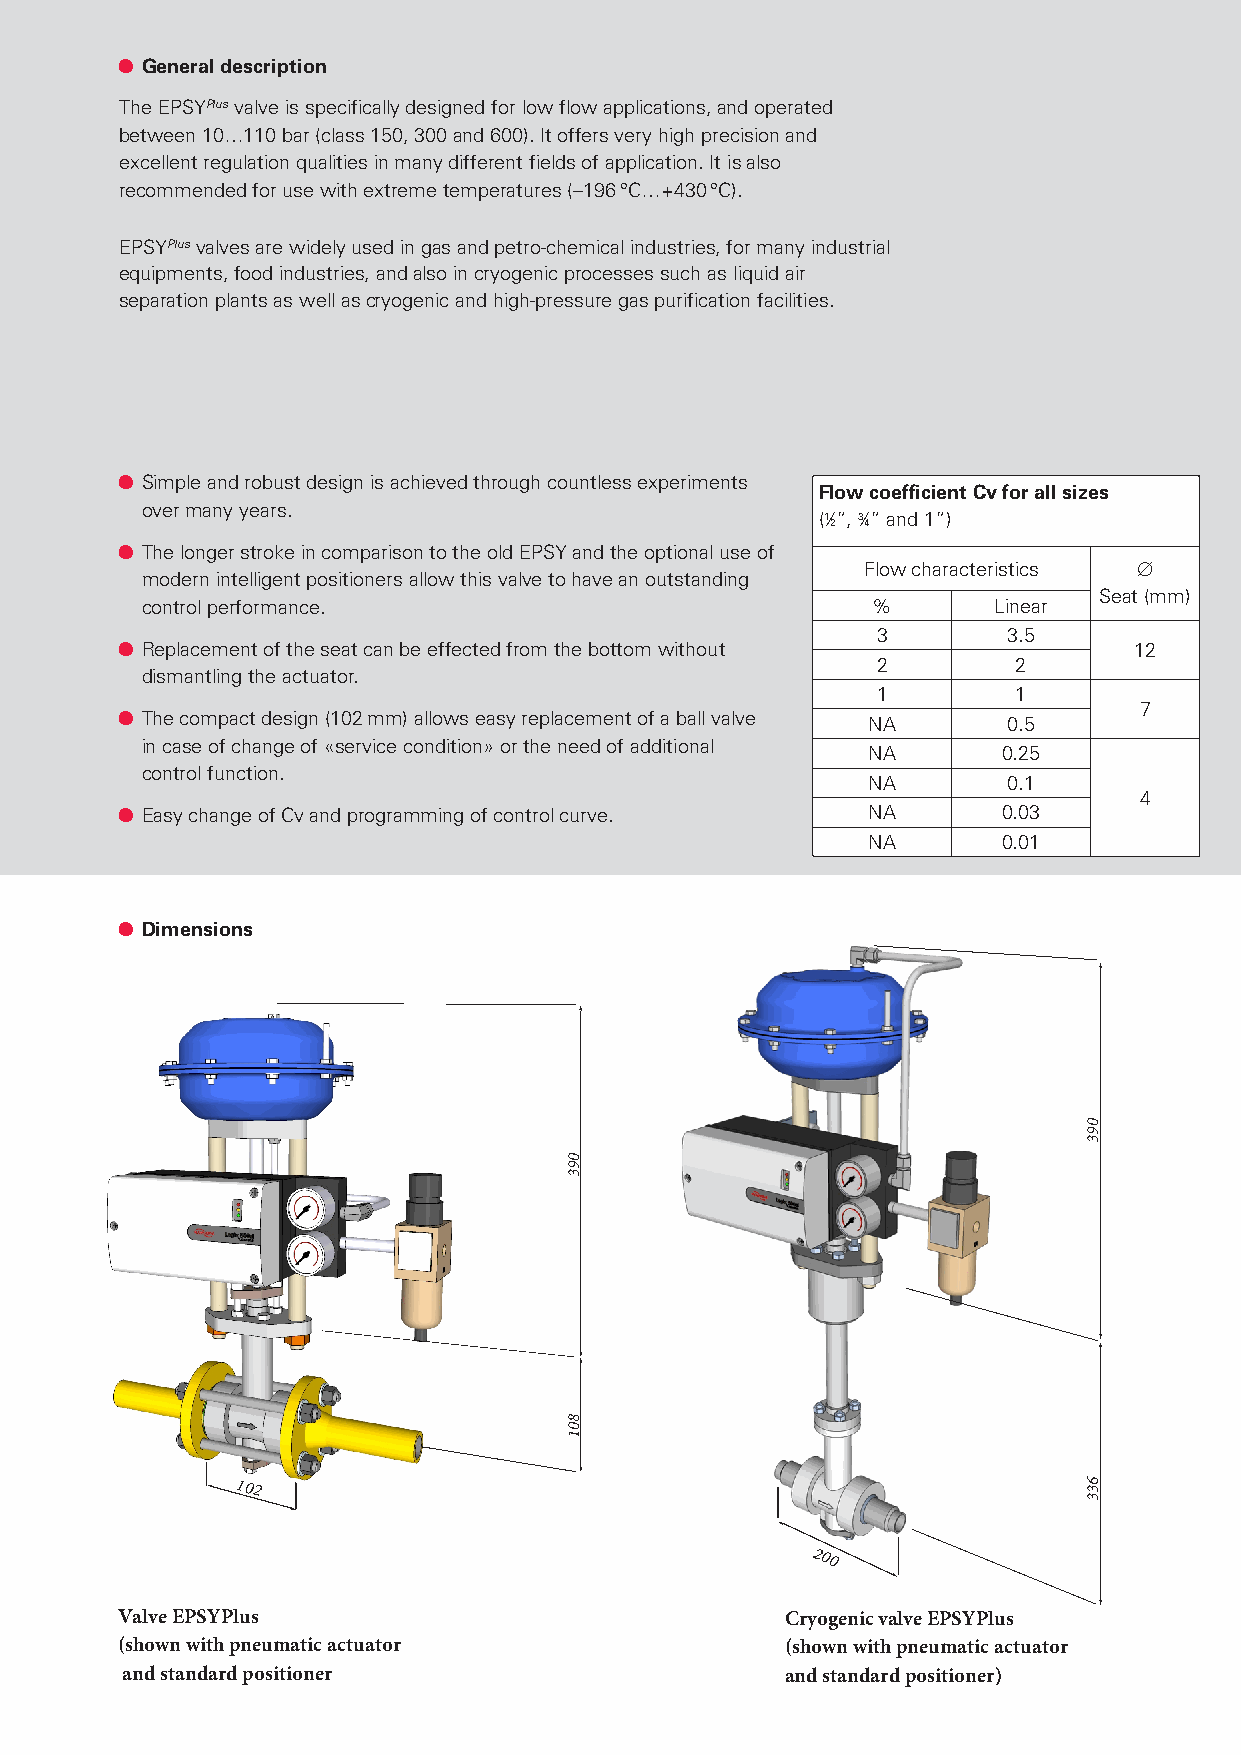
● General description
 The EPSYPlus valve is specifically designed for low flow applications, and operated
 between 10…110 bar (class 150, 300 and 600). It offers very high precision and
 excellent regulation qualities in many different fields of application. It is also
 recommended for use with extreme temperatures (–196 °C…+430 °C).
 EPSYPlus valves are widely used in gas and petro-chemical industries, for many industrial
 equipments, food industries, and also in cryogenic processes such as liquid air
 separation plants as well as cryogenic and high-pressure gas purification facilities.
 ● Simple and robust design is achieved through countless experiments
 Flow coefficient Cv for all sizes
 over many years.
 (1⁄”, 3⁄” and 1”)
 2 4
 ● The longer stroke in comparison to the old EPSY and the optional use of
 Flow characteristics ∅
 modern intelligent positioners allow this valve to have an outstanding
 Seat (mm)
 control performance.                             %       Linear
 3        3.5
 ● Replacement of the seat can be effected from the bottom without  12
 2        2
 dismantling the actuator.
 1        1
 ● The compact design (102mm) allows easy replacement of a ball valve NA 0.5 7
 in case of change of «service condition» or the need of additional
 NA       0.25
 control function.
 NA        0.1
 4
 ● Easy change of Cv and programming of control curve. NA  0.03
 NA       0.01
 ● Dimensions
 102
 200
 Valve EPSYPlus                              Cryogenic valve EPSYPlus
 (shown with pneumatic actuator              (shown with pneumatic actuator
 and standard positioner                     and standard positioner)
 093
 801
 093
 633